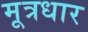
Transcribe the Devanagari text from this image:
मूत्रधार